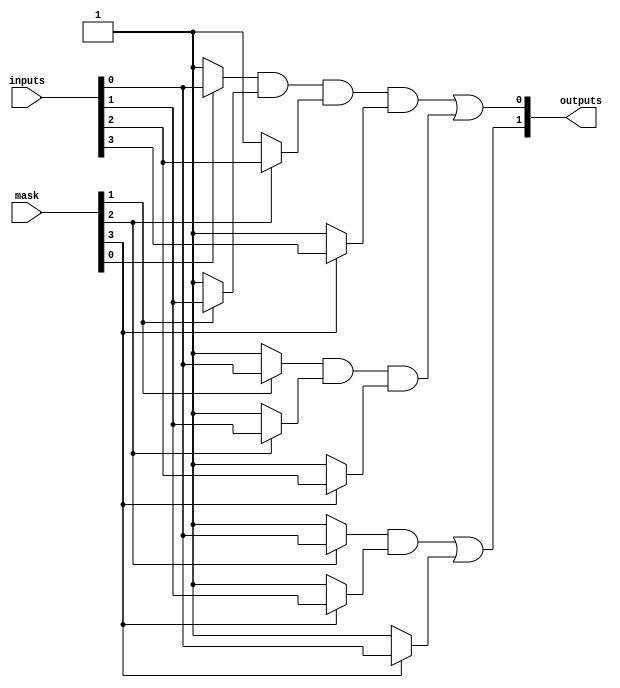
module MaskedPAL (
    input wire [N-1:0] inputs,    // N-bit input signals
    input wire [M-1:0] mask,       // M-bit mask for AND gates
    output wire [P-1:0] outputs     // P-bit output signals
);

// Parameters for the design
parameter N = 4; // Number of inputs
parameter M = 4; // Number of AND gates
parameter P = 2; // Number of outputs

// Internal signals for AND gate outputs
wire [M-1:0] and_outputs;

// AND Plane - Product terms
genvar i;
generate
    for (i = 0; i < M; i = i + 1) begin: and_gate
        // Each AND gate output is a product of inputs masked by the mask bits
        assign and_outputs[i] = (mask[i] ? inputs[0] : 1'b1) &  // Input A (masked)
                                 (mask[i + 1] ? inputs[1] : 1'b1) &  // Input B (masked)
                                 (mask[i + 2] ? inputs[2] : 1'b1) &  // Input C (masked)
                                 (mask[i + 3] ? inputs[3] : 1'b1);    // Input D (masked)
    end
endgenerate

// OR Plane - Fixed connections to produce outputs
assign outputs[0] = and_outputs[0] | and_outputs[1]; // Output Y1
assign outputs[1] = and_outputs[2] | and_outputs[3]; // Output Y2

endmodule